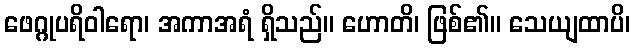
ဖေဂ္ဂုပရိဝါရော၊ အကာအရံ ရှိသည်။ ဟောတိ၊ ဖြစ်၏။ သေယျထာပိ၊